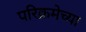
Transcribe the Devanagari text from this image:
परिक्रमेच्या